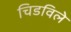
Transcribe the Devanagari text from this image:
चिडविले